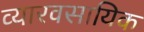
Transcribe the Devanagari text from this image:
व्यारवसायिक